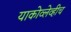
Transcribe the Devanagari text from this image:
याकोव्लेव्हीच